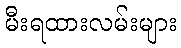
မီးရထားလမ်းများ